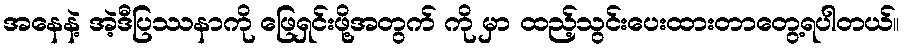
အနေနဲ့ အဲ့ဒီပြဿနာကို ဖြေရှင်းဖို့အတွက် ကို မှာ ထည့်သွင်းပေးထားတာတွေ့ရပါတယ်။